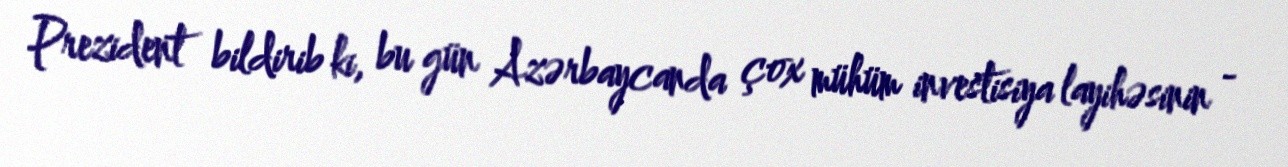
Prezident bildirib ki, bu gün Azərbaycanda çox mühüm investisiya layihəsinin -